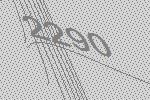
2290